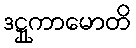
ဒဋ္ဌုကာမောတိ